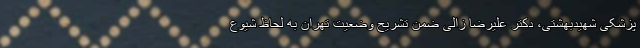
پزشکی شهیدبهشتی، دکتر علیرضا زالی ضمن تشریح وضعیت تهران به لحاظ شیوع